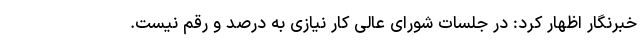
خبرنگار اظهار کرد: در جلسات شورای عالی کار نیازی به درصد و رقم نیست.